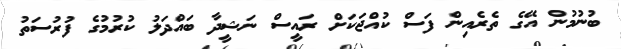
ބުނުމުން އޭގެ ތެރެއިން ފަސް ކުއްޖަކަށް ރައީސް ނަޝީދާ ބައްދަލު ކުރުމުގެ ފުރުސަތު